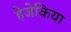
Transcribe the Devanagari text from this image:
हेजेकिया